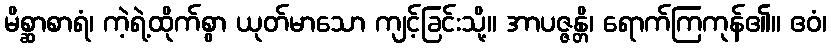
မိစ္ဆာစာရံ၊ ကဲ့ရဲ့ထိုက်စွာ ယုတ်မာသော ကျင့်ခြင်းသို့။ အာပဇ္ဇန္တိ၊ ရောက်ကြကုန်၏။ ဧဝံ၊